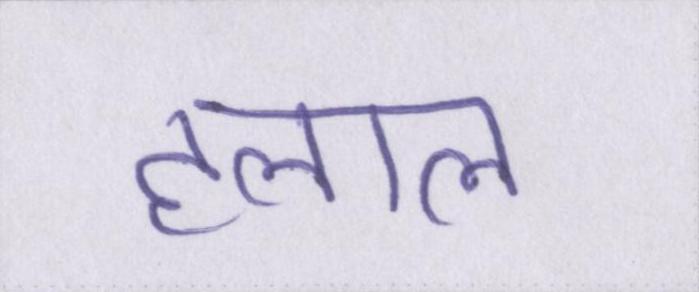
हलाल